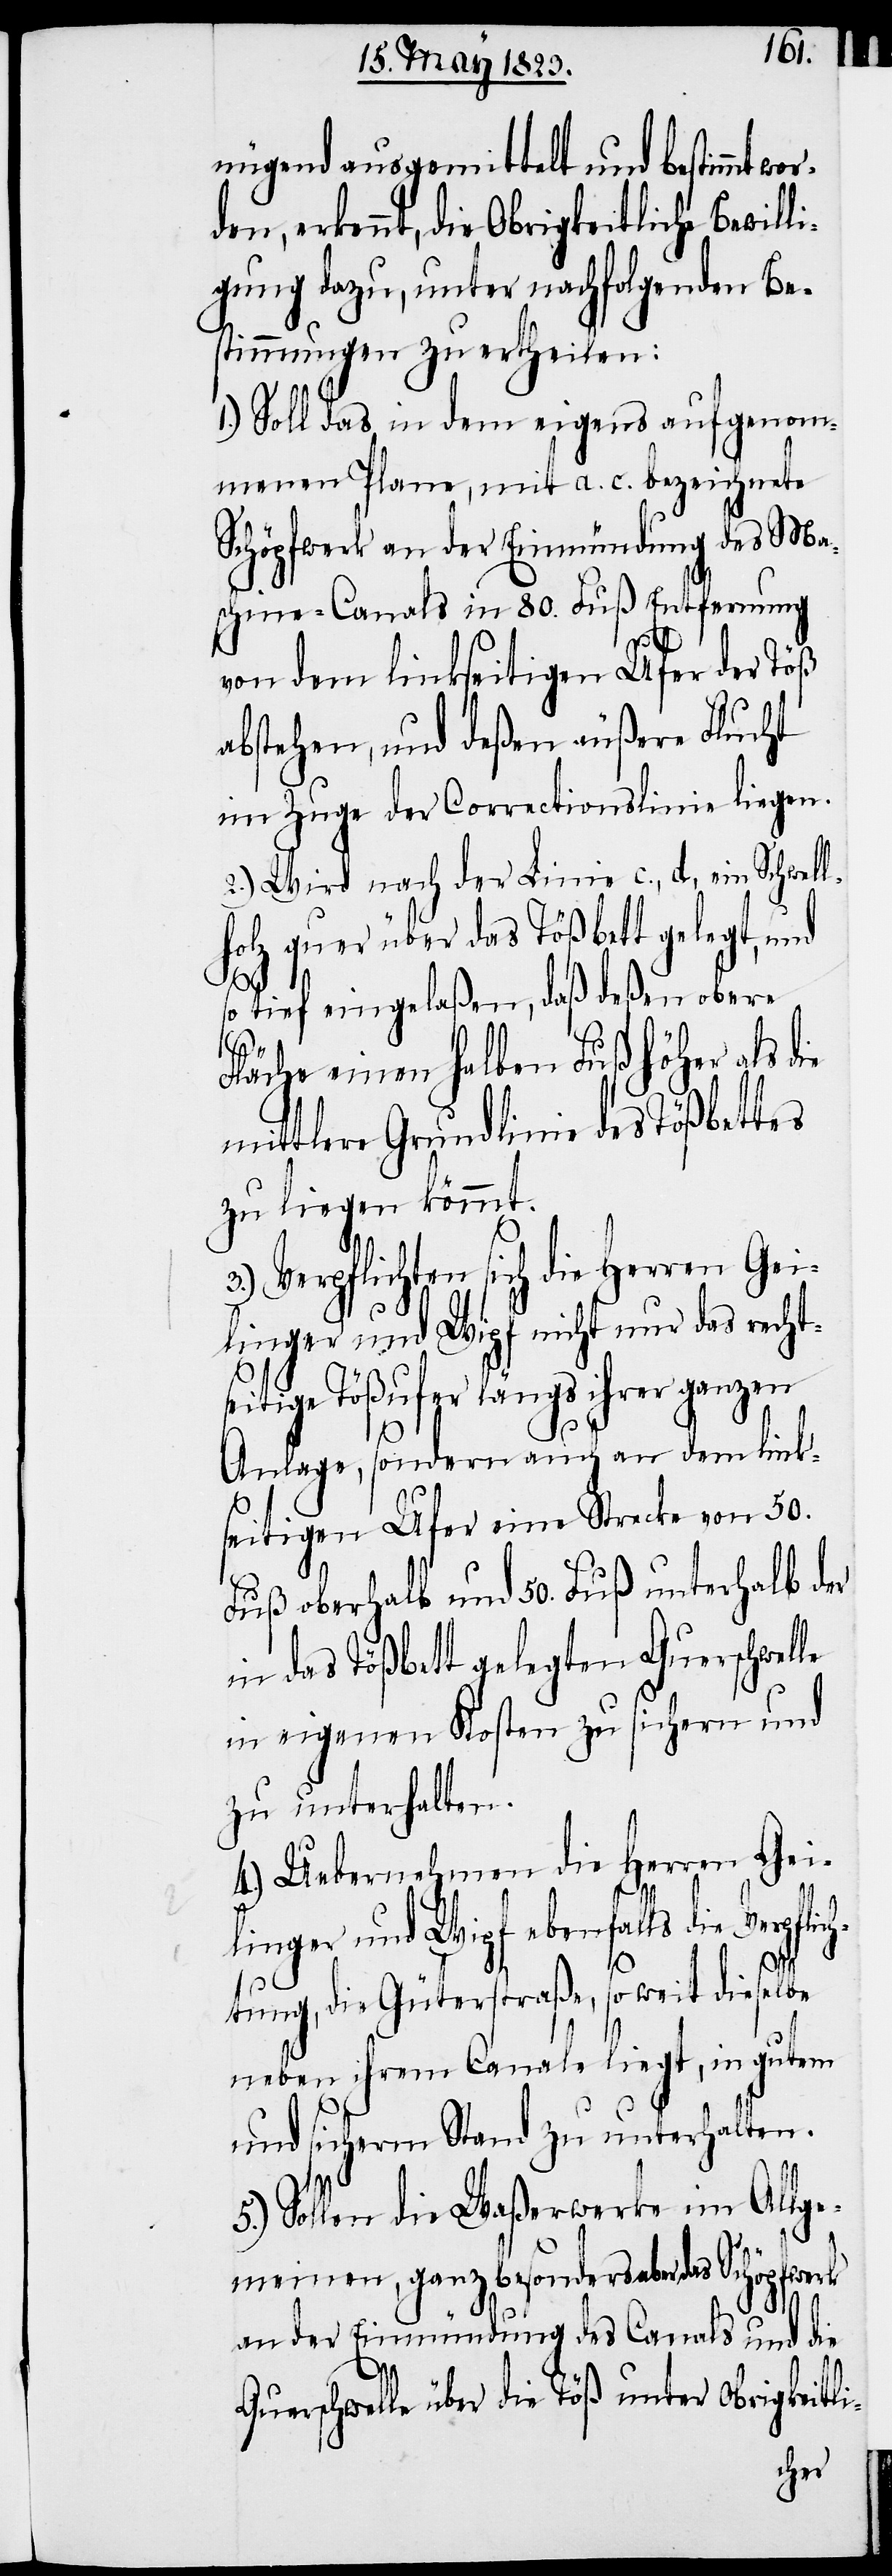
nügend ausgemittelt und bestimmt wo¬
rden, erkennt, die Obrigkeitliche Bewilli¬
gung dazu, unter nachfolgenden Be¬
stimmungen zu ertheilen:
1.) Soll das in dem eigens aufgenom¬
menen Plane, mit a. c. bezeichnete
Schöpfwerk an der Einmündung des Ma¬
schine-Canals in 80. Fuß Entfernung
von dem linkseitigen Ufer der Töß
abstehen, und deßen äußere Flucht
im Zuge der Correctionslinie liegen.
2.) Wird nach der Linie c., d., ein Schwel¬
holz quer über das Tößbett gelegt, und
so tief eingelaßen, daß deßen obere
flic¬
h¬
Fläche einen halben Fuß höher als die
mittlere Grundlinie des Tößbettes
zu liegen kömmt.
Verpflichten sich die Herren Gei¬
linger und Wipf nicht nur das rechts¬
eitige Tößufer längs ihrer ganzen
Anlage, sondern auch an dem link¬
seitigen Ufer eine Strecke von 50.
Fuß oberhalb und 50. Fuß unterhalb der
in das Tößbett gelegten Querschwelle
in eigenen Kosten zu sichern und
zu unterhalten.
4.) Uebernehmen die Herren Gei¬
linger und Wipf ebenfalls die Verp¬
tung, die Güterstraße, so weit dieselbe
neben ihrem Canale liegt, in gutem
und sicherm Stand zu unterhalten.
5.) Sollen die Waßerwerke im Allge¬
meinen, ganz besonders aber das Schöpfwerk
an der Einmündung des Canals und die
Querschwelle über die Töß unter Obrigkeitli-